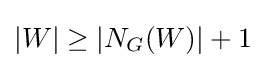
|W|\geq |N_{G}(W)|+1